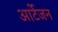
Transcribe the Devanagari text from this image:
आर्टेजन